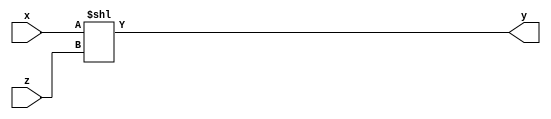
module combine(x, y, z); output [31:0] y; input [15:0] x, z; assign y = (x << z); endmodule